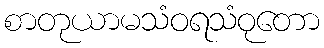
စာတုယာမသံဝရသံဝုတော